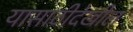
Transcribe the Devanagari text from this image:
यासाठीदेखील